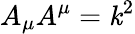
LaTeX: A_{\mu}A^{\mu}=\mathit{k}^{2}